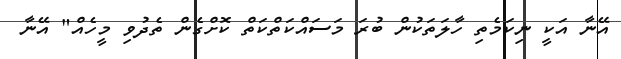
އޭނާ އަކީ ނިކަމެތި ހާލަތަކުން ބުރަ މަސައްކަތްކަތް ކޮށްގެން ތެދުވި މީހެއް" އޭނާ